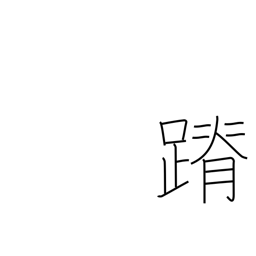
Meaning: stealthy footsteps